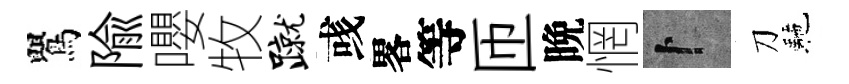
鸎隃嚶牧蹴彧畧等匝晩惘卜刀駰